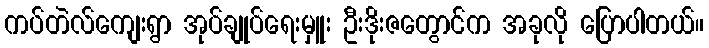
ကပ်တဲလ်ကျေးရွာ အုပ်ချုပ်ရေးမှူး ဦးဒိုးဇတွောင်က အခုလို ပြောပါတယ်။